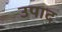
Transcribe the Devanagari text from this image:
उपाद